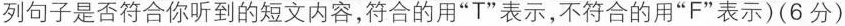
列句子是否符合你听到的短文内容,符合的用“T"表示,不符合的用“F"表示）（6分）